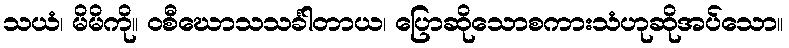
သယံ၊ မိမိကို။ ဝစီဃောသသင်္ခါတာယ၊ ပြောဆိုသောစကားသံဟုဆိုအပ်သော။